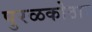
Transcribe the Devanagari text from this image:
पुरळकोठार